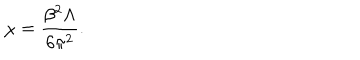
LaTeX: \chi = \frac { \beta ^ { 2 } \Lambda } { 6 \pi ^ { 2 } } .